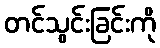
တင်သွင်းခြင်းကို